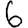
Digit: 6